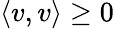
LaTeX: \langle v,v\rangle\geq 0